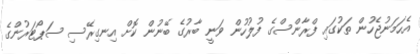
އެހަމަނުޖެހުން ތަކުގައި ފްރާންސްގެ ފުލުހުން ވަނީ ބާރުގެ ބޭނުން ކޮށް އިނގިރޭސި ސަޕޯޓަރުންގެ